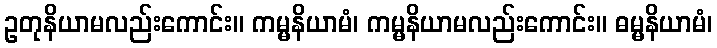
ဥတုနိယာမလည်းကောင်း။ ကမ္မနိယာမံ၊ ကမ္မနိယာမလည်းကောင်း။ ဓမ္မနိယာမံ၊